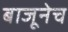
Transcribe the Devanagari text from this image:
बाजूनेच